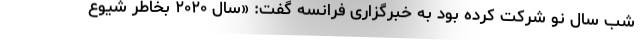
شب سال نو شرکت کرده بود به خبرگزاری فرانسه گفت: «سال ۲۰۲۰ بخاطر شیوع